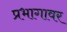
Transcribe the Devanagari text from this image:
प्रभागावर